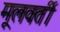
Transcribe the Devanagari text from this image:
मूलवर्ती